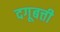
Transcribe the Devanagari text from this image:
दगूबत्ती